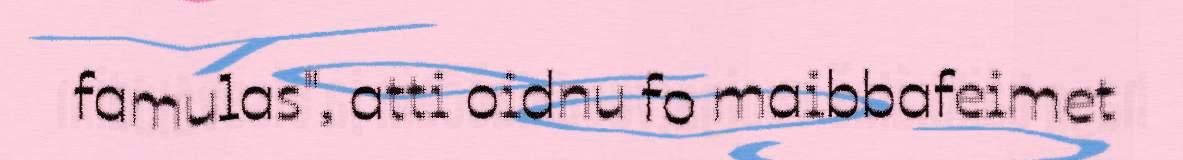
famulas", atti oidnu fo maibbafeimet